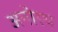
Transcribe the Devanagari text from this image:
अनोरथ